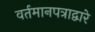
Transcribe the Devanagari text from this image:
वर्तमानपत्राद्वारे